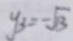
y _ { 3 } = - \sqrt { 3 }